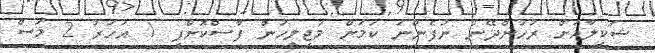
ޝަކީލާއަށް ރުހުންދޭން ނުފެންނަ ކަމަށް މަޖިލީހުން ފާސްކޮށްފި 1 އަހަރު 2 މަސް